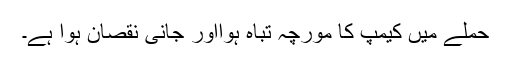
حملے میں کیمپ کا مورچہ تباہ ہوااور جانی نقصان ہوا ہے۔